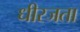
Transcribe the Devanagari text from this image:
धीरजता